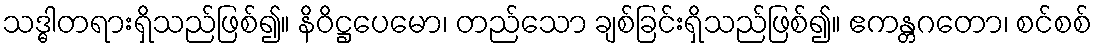
သဒ္ဓါတရားရှိသည်ဖြစ်၍။ နိဝိဋ္ဌပေမော၊ တည်သော ချစ်ခြင်းရှိသည်ဖြစ်၍။ ဧကန္တဂတော၊ စင်စစ်